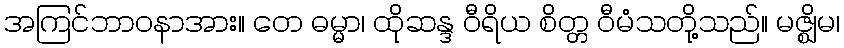
အကြင်ဘာဝနာအား။ တေ ဓမ္မာ၊ ထိုဆန္ဒ ဝီရိယ စိတ္တ ဝီမံသတို့သည်။ မဇ္ဈိမ၊